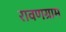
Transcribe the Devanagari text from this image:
रावणग्राम